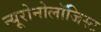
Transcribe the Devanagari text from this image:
न्यूरोनोलॉजिस्ट